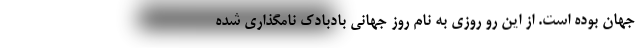
جهان بوده است. از این رو روزی به نام روز جهانی بادبادک نامگذاری شده